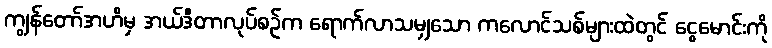
ကျွန်တော်အဟိမှ အယ်ဒီတာလုပ်စဉ်က ရောက်လာသမျှသော ကလောင်သစ်များထဲတွင် ငွေမောင်းကို